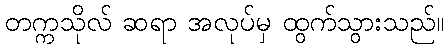
တက္ကသိုလ် ဆရာ အလုပ်မှ ထွက်သွားသည်။